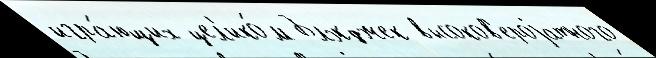
игра́ющих цел'ико́м Блэкджек высоков'ероjатного